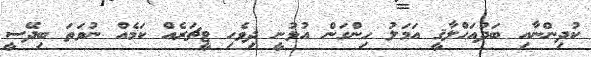
ކުދިންނާއި ބަދުއަޙްލާޤީ އަމަލު ހިންގަން އުޅުނީ ދިވެހި ޓީޗަރެއް ކަމެއް ނުވަތަ ބިދޭސީ